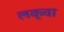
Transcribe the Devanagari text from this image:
लक्वा